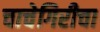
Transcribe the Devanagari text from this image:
चाचेगिरीचा